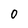
Character: 0